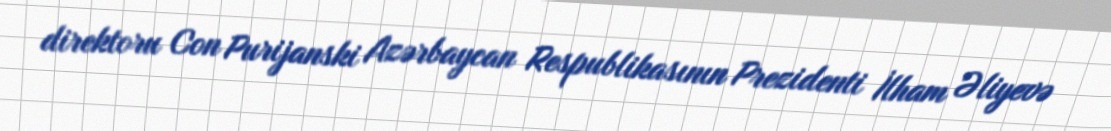
direktoru Con Purijanski Azərbaycan Respublikasının Prezidenti İlham Əliyevə